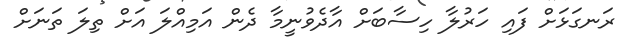
ރަނގަޅަށް ފައި ހަރުލާ ހިސާބަށް އާދެވުނީމާ ދެން އަމިއްލަ އަށް ތިލަ ތަނަށް